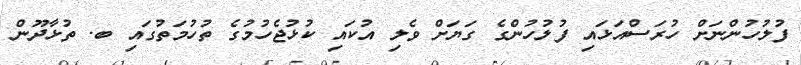
ފުލުހުންނަށް ހުރަސްއަޅައި ފުލުހުންގެ ގަޔަށް ވެލި އުކައި ކުޅުޖެހުމުގެ ތުހުމަތުގައި ބ. ތުޅާދޫން